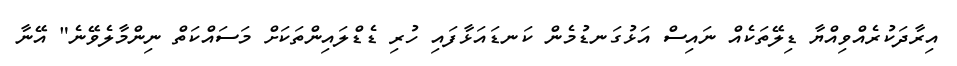
އިރާދަކުރެއްވިއްޔާ ޑިލޭތަކެއް ނައިސް އަޅުގަނޑުމެން ކަނޑައަޅާފައި ހުރި ޑެޑްލައިންތަކަށް މަސައްކަތް ނިންމާލެވޭނެ" އޭނާ